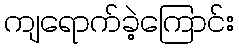
ကျရောက်ခဲ့ကြောင်း